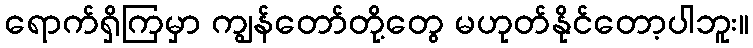
ရောက်ရှိကြမှာ ကျွန်တော်တို့တွေ မဟုတ်နိုင်တော့ပါဘူး။